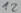
Text: 12